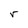
Character: r